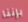
بإننا